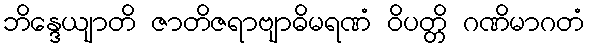
ဘိန္ဒေယျာတိ ဇာတိဇရာဗျာဓိမရဏံ ဝိပတ္တိ ဂဏိမာဂတံ